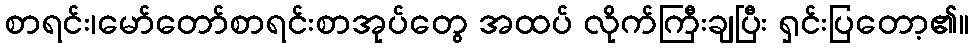
စာရင်း၊မော်တော်စာရင်းစာအုပ်တွေ အထပ် လိုက်ကြီးချပြီး ရှင်းပြတော့၏။